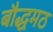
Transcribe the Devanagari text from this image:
बौद्धमठ